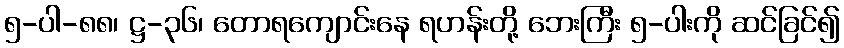
၅-ပါ-၈၈၊ ဋ္ဌ-၃၆၊ တောရကျောင်းနေ ရဟန်းတို့ ဘေးကြီး ၅-ပါးကို ဆင်ခြင်၍